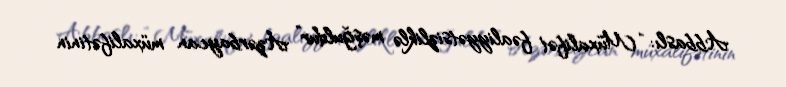
Abbaslı: “Müxalifət fəaliyyətsizliklə məşğuldur” Azərbaycan müxalifətinin